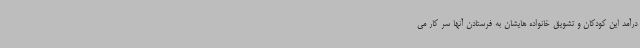
درآمد این کودکان و تشویق خانواده هایشان به فرستادن آنها سر کار می